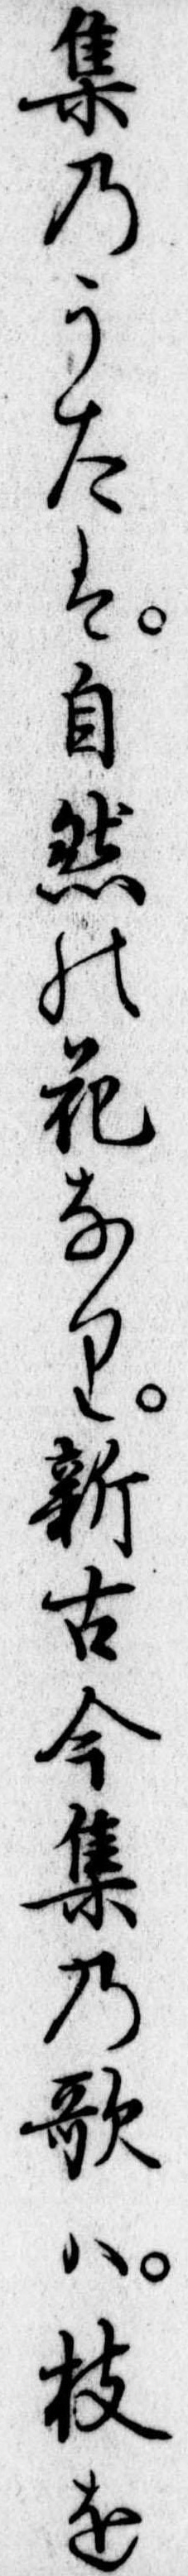
集のうたは自然の花なり新古今集の歌は枝を